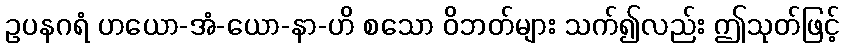
ဥပနဂရံ ဟယော-အံ-ယော-နာ-ဟိ စသော ဝိဘတ်များ သက်၍လည်း ဤသုတ်ဖြင့်